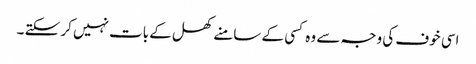
اسی خوف کی وجہ سے وہ کسی کے سامنے کھل کے بات نہیں کر سکتے ۔